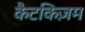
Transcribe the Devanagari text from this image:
कैटकिज़म